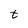
Character: t